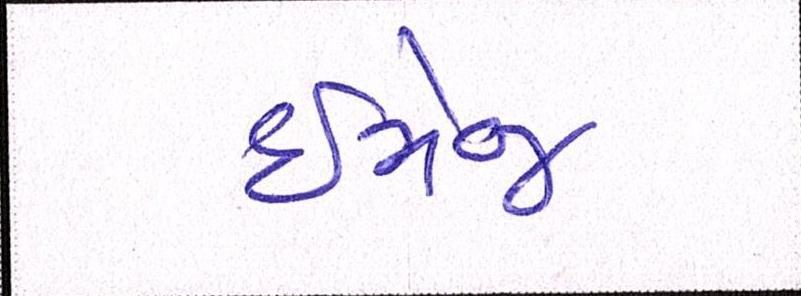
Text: ઇમેજ